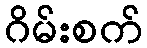
ဂိမ်းစက်